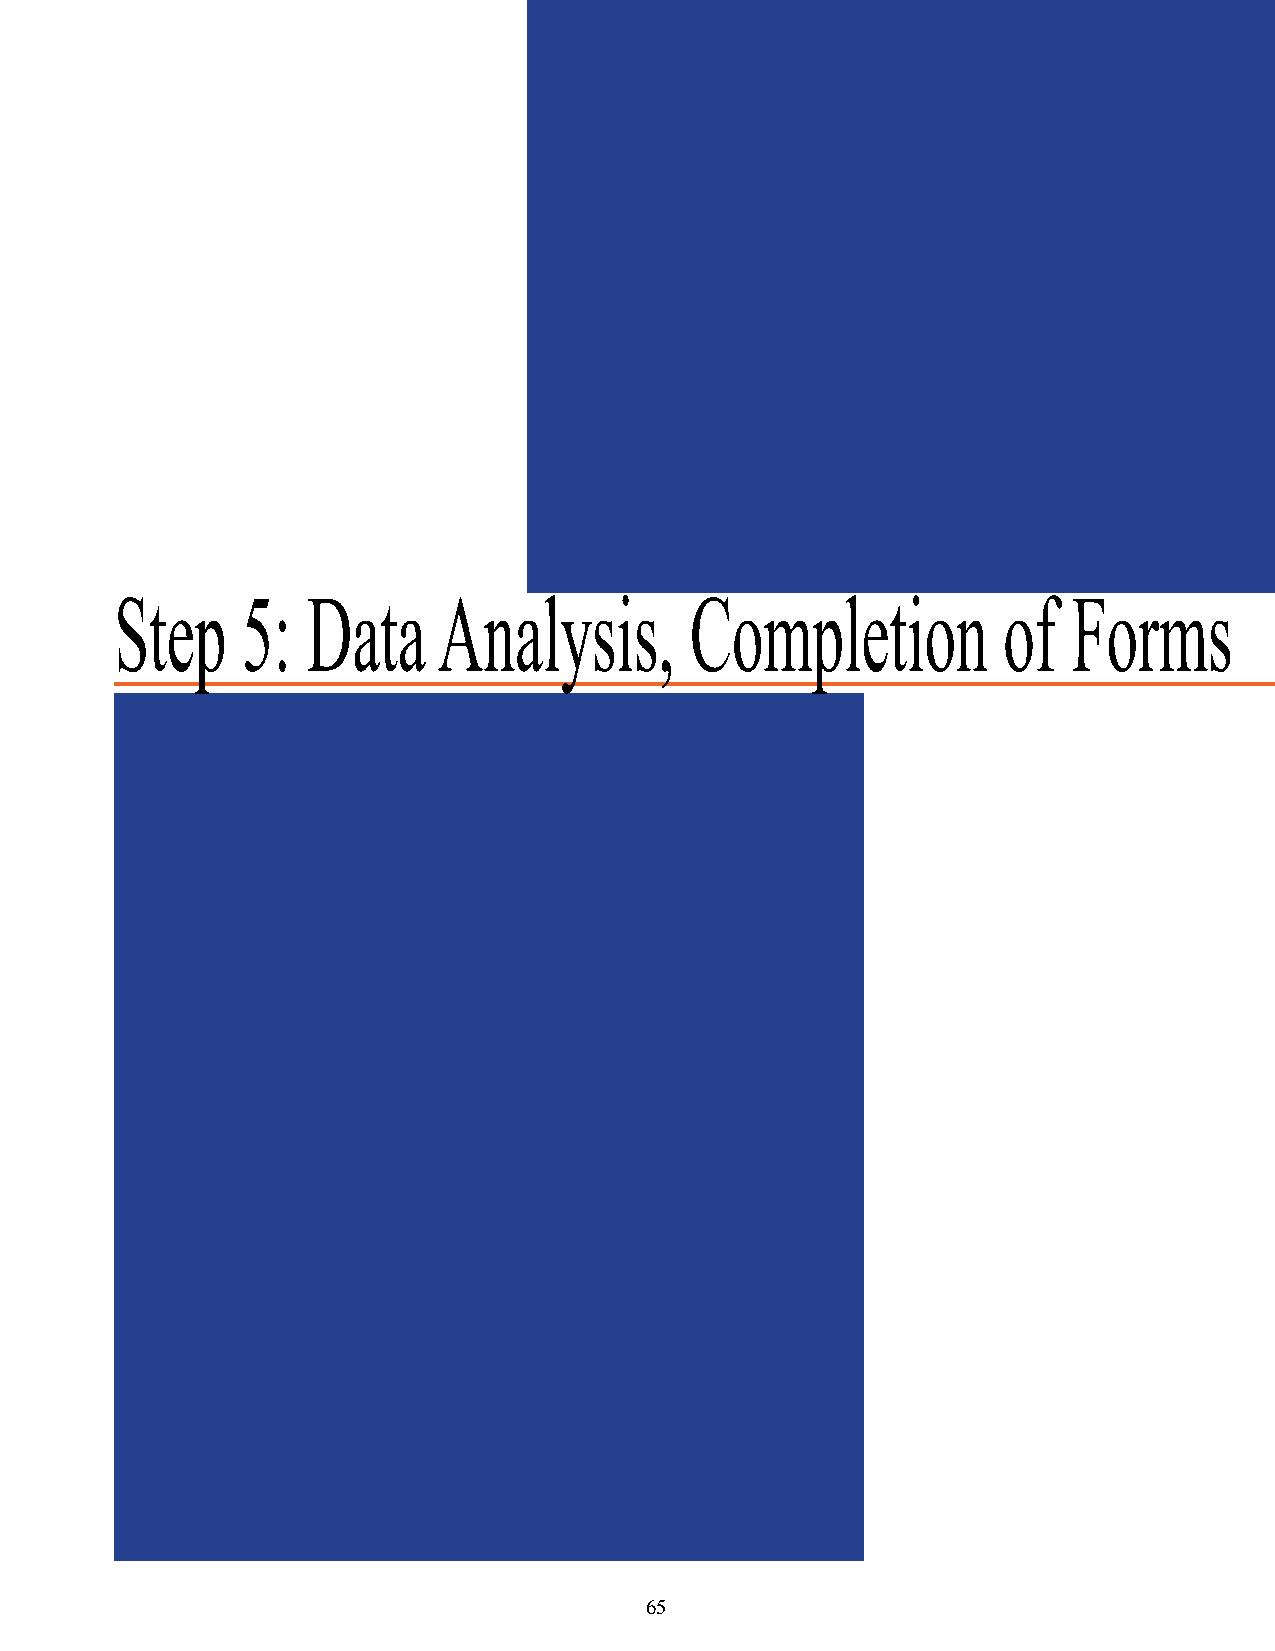
Step    5:  Data     Analysis,        Completion          of   Forms
 65